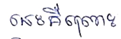
នេះគឺព្រោះ